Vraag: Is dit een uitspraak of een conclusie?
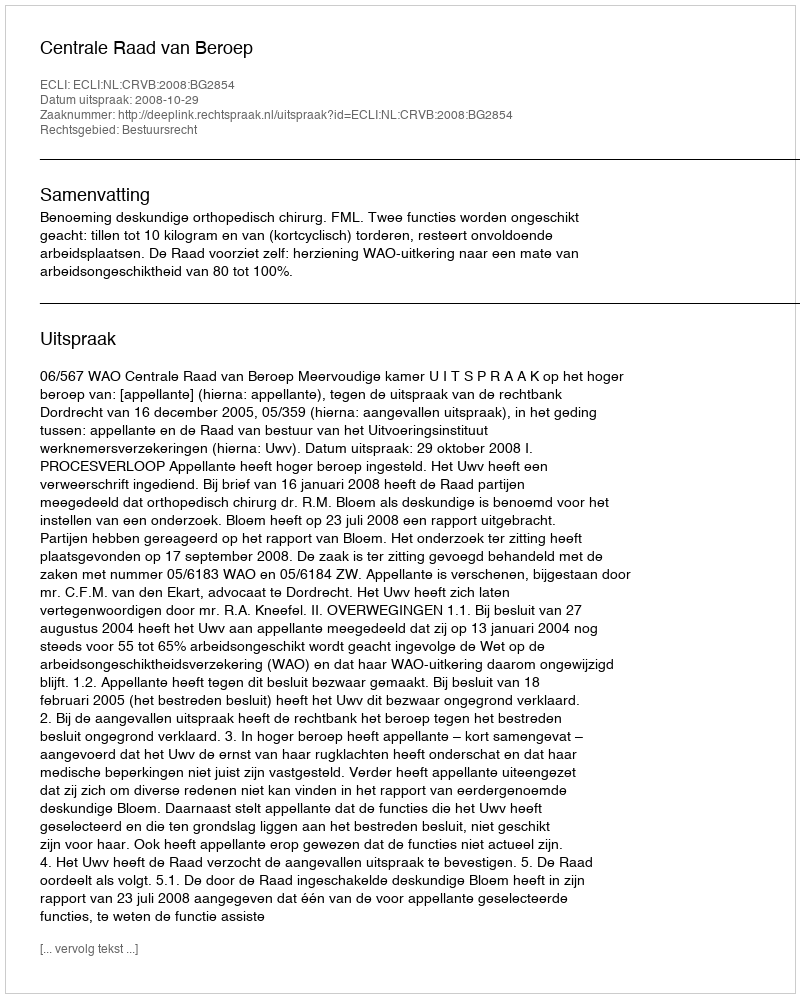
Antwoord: Uitspraak